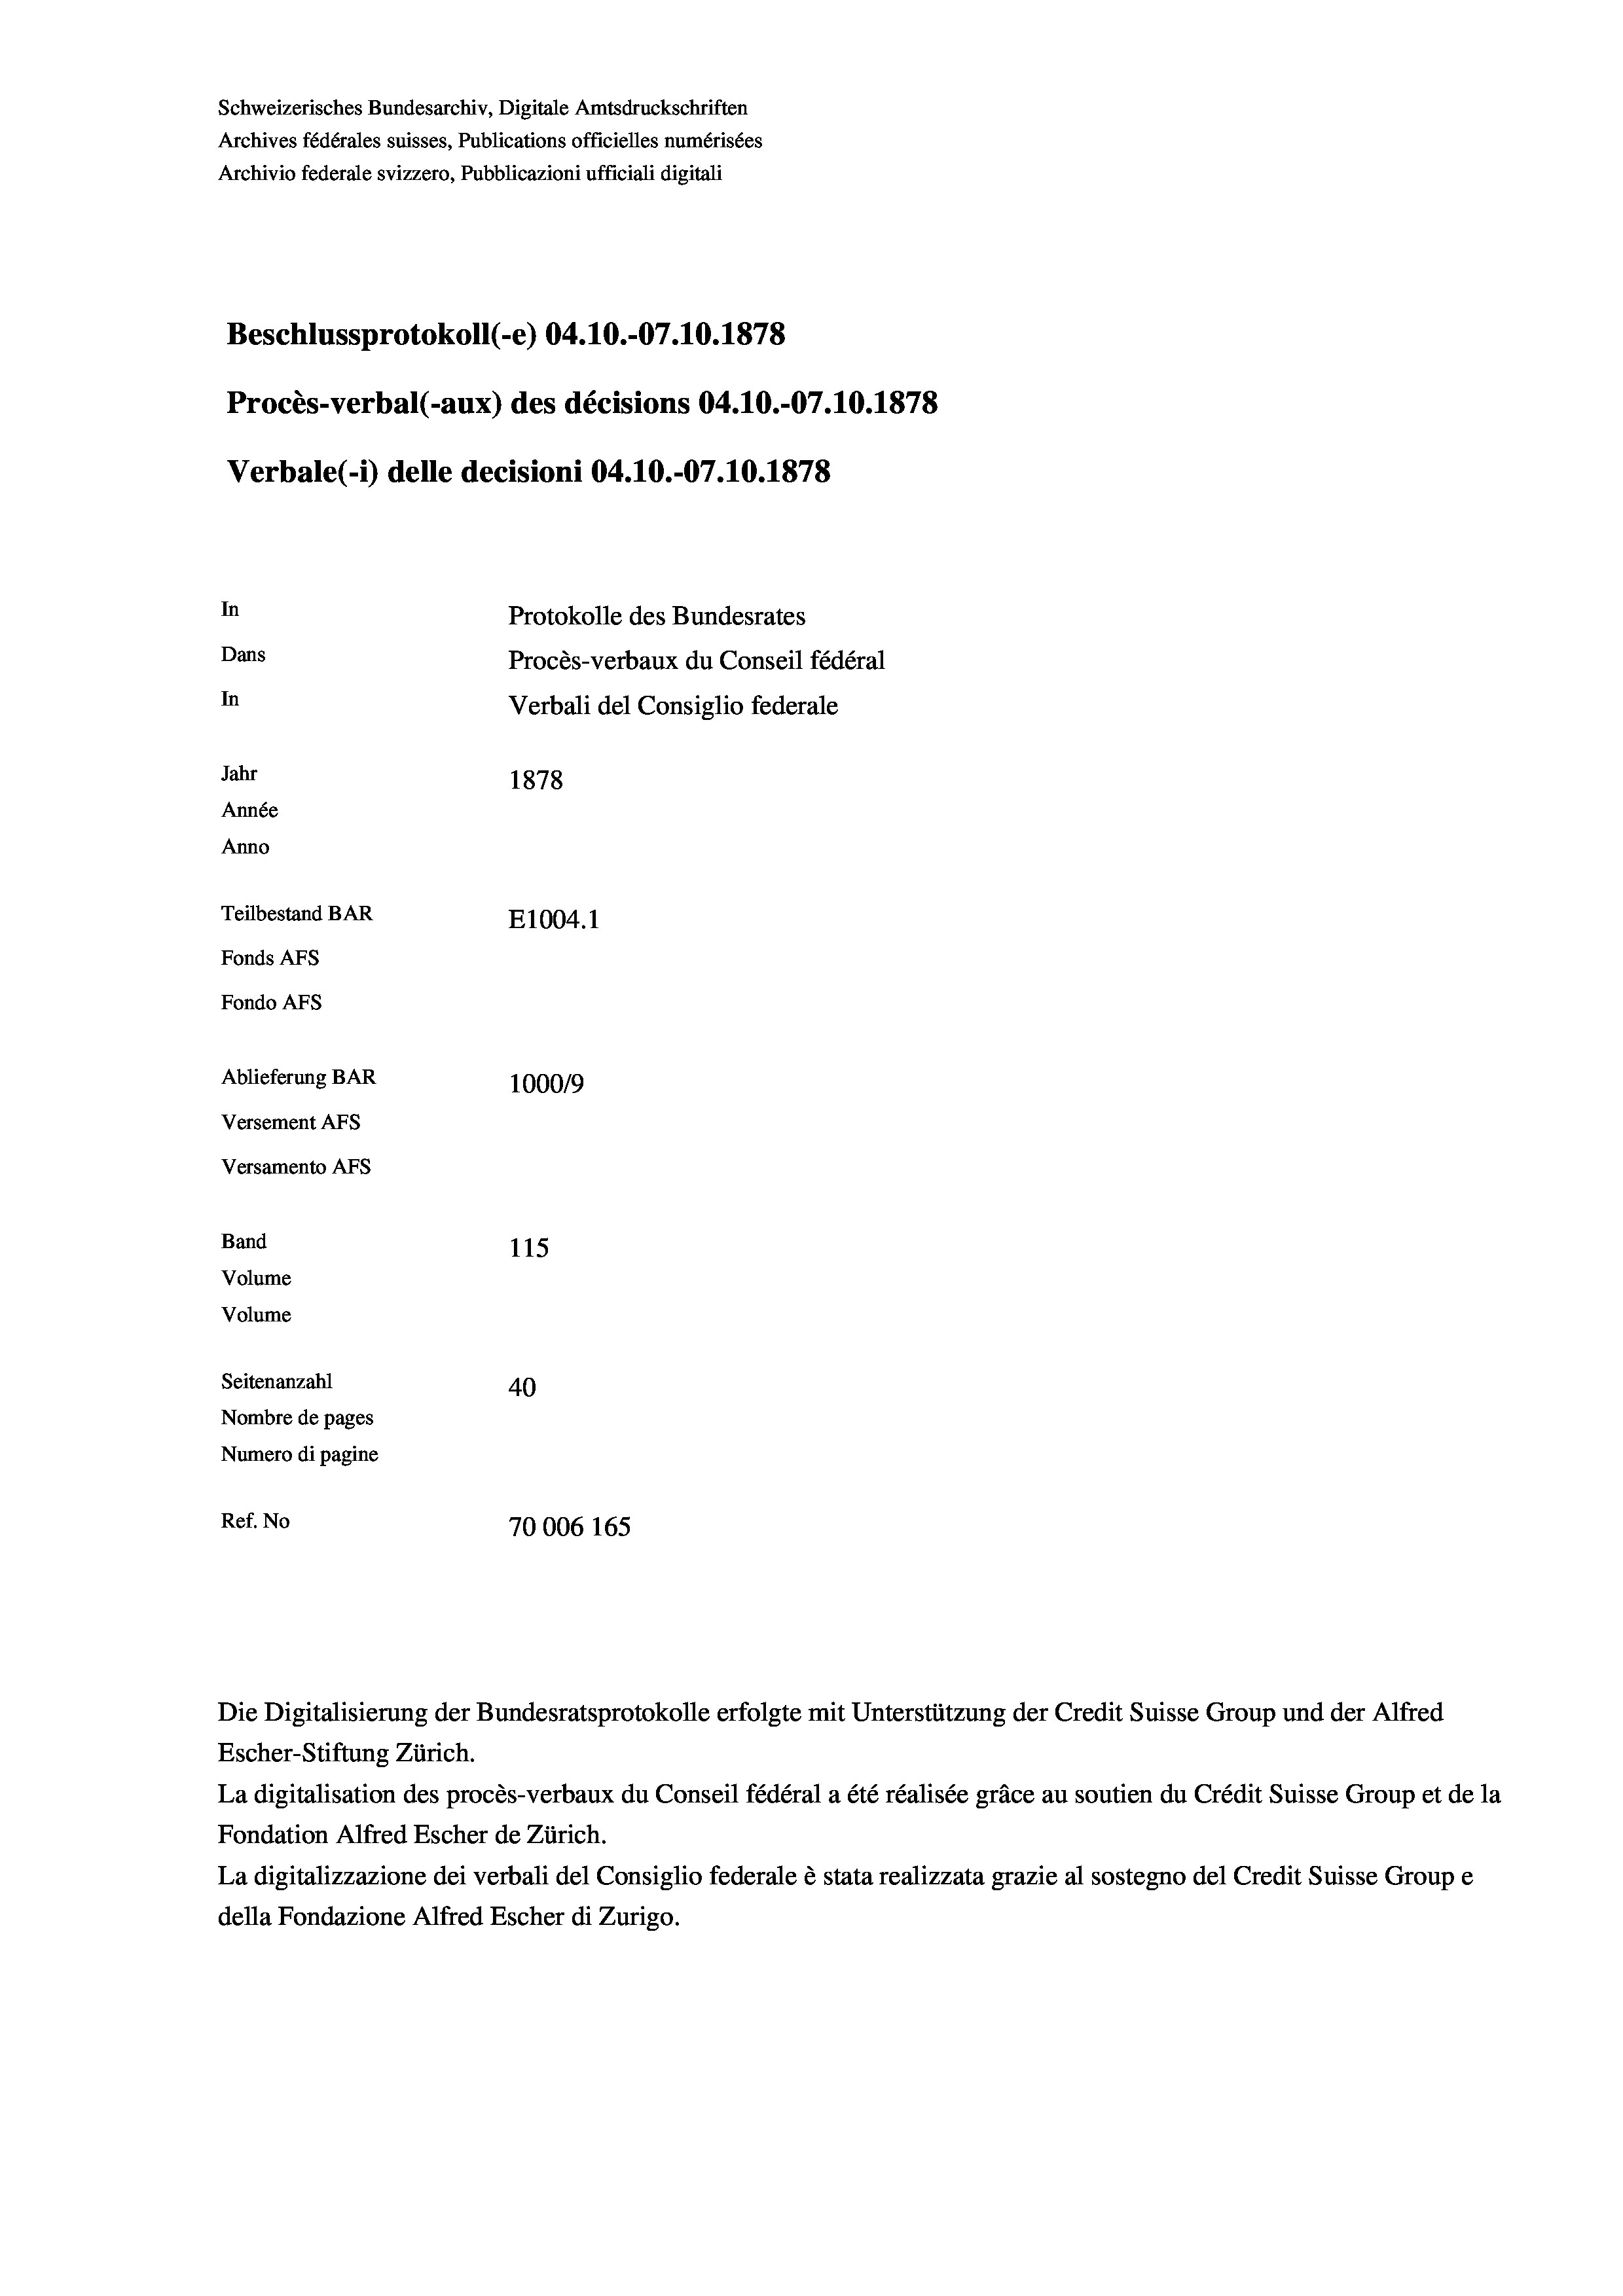
Schweizerisches Bundesarchiv, Digitale Amtsdruckschriften
Archives fédérales suisses, Publications officielles numérisées
Archivio federale svizzero, Pubblicazioni ufficiali digitali
Beschlussprotokoll (-e) 04.10.-07.10.1878
Procès-verbal (-aux) des décisions 04.10.-07.10.1878
Verbale(*) delle decisioni 04.10.-07.10.1878
In
Protokolle des Bundesrates
Dans
Procès-verbaux du Conseil fédéral
In
Verbali del Consiglio federale
Jahr
1878
Année
Anno
Teilbestand BAR
E1004. 1
Fonds AFs
Fondo AFs
Ablieferung BAR
1000/9
Versement AFs
Versamento AFS
Band
115
Volume
Volume
Seitenanzahl
40
Nombre de pages
Numero di pagine
Ref. No
70006 165

Escher-Stiftung Zürich.
La digitalisation des procès-verbaux du Conseil fédéral a été réalisée gräce au soutien du Crédit Suisse Group et de la
Fondation Alfred Escher de Zürich.
La digitalizzazione dei verbali del Consiglio federale è stata realizzata grazie al sostegno del Credit Suisse Groupe
della Fondazione Alfred Escher di Zurigo.

Die Digitalisierung der Bundesratsprotokolle erfolgte mit Unterstützung der Credit Suisse Group und der Alfred